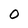
Character: 0